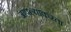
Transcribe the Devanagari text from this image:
आपल्याकरता